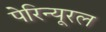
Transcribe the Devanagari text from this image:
पेरिन्यूरल